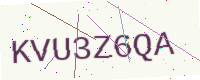
Text: KVU3Z6QA